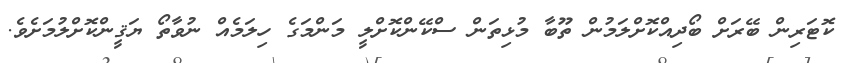
ކޮޓަރިން ބޭރަށް ބޯދިއްކޮށްލަމުން ތޫބާ މުޅިތަން ސްކޭންކޮށްލީ މަންމަގެ ހިލަމެއް ނުވާތޯ ޔަޤީންކޮށްލުމަށެވެ.